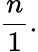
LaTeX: {\frac{n}{1}}.